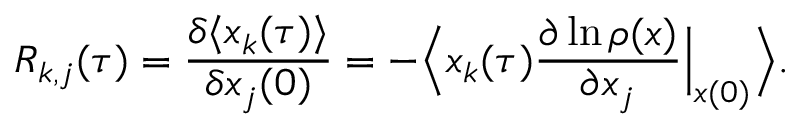
R _ { k , j } ( \tau ) = \frac { \delta \langle x _ { k } ( \tau ) \rangle } { \delta x _ { j } ( 0 ) } = - \Big \langle x _ { k } ( \tau ) \frac { \partial \ln \rho ( \boldsymbol { x } ) } { \partial x _ { j } } \Big | _ { \boldsymbol { x } ( 0 ) } \Big \rangle .